Annual report of the Imperial Bacteriologist
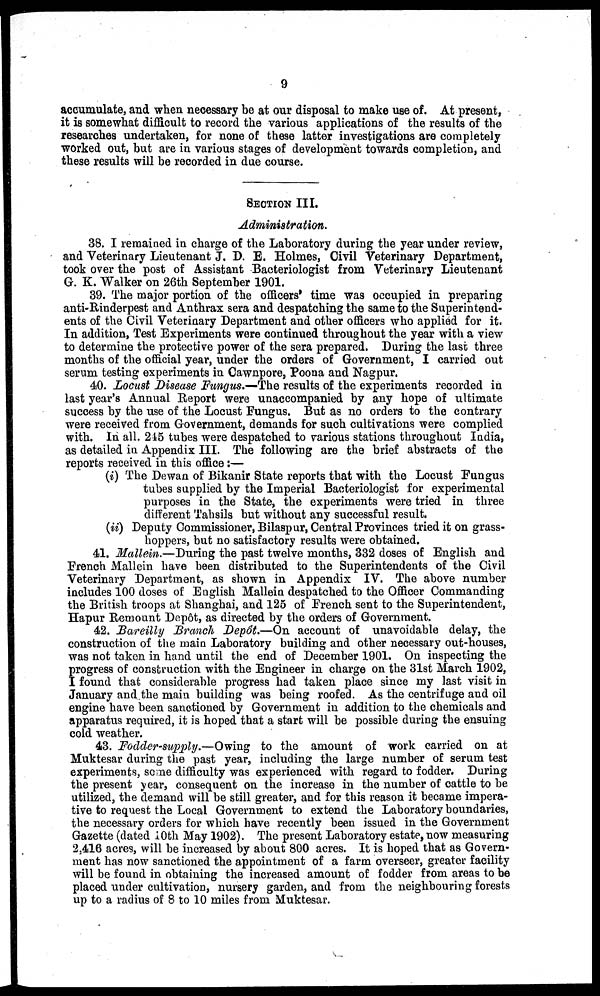
9
accumulate, and when necessary be at our disposal to make use of. At present,
it is somewhat difficult to record the various applications of the results of the
researches undertaken, for none of these latter investigations are completely
worked out, but are in various stages of development towards completion, and
these results will be recorded in due course.
SECTION III.
Administration.
38. I remained in charge of the Laboratory during the year under review,
and Veterinary Lieutenant J. D. E. Holmes, Civil Veterinary Department,
took over the post of Assistant Bacteriologist from Veterinary Lieutenant
G. K. Walker on 26th September 1901.
39. The major portion of the officers' time was occupied in preparing
anti-Rinderpest and Anthrax sera and despatching the same to the Superintend-
ents of the Civil Veterinary Department and other officers who applied for it.
In addition, Test Experiments were continued throughout the year with a view
to determine the protective power of the sera prepared. During the last three
months of the official year, under the orders of Government, I carried out
serum testing experiments in Cawnpore, Poona and Nagpur.
40. Locust Disease Fungus.—The results of the experiments recorded in
last year's Annual Report were unaccompanied by any hope of ultimate
success by the use of the Locust Fungus. But as no orders to the contrary
were received from Government, demands for such cultivations were complied
with. In all. 245 tubes were despatched to various stations throughout India,
as detailed in Appendix III. The following are the brief abstracts of the
reports received in this office:—
(i) The Dewan of Bikanir State reports that with the Locust Fungus
tubes supplied by the Imperial Bacteriologist for experimental
purposes in the State, the experiments were tried in three
different Tahsils but without any successful result.
(ii) Deputy Commissioner, Bilaspur, Central Provinces tried it on grass-
hoppers, but no satisfactory results were obtained.
41. Mallein.—During the past twelve months, 332 doses of English and
French Mallein have been distributed to the Superintendents of the Civil
Veterinary Department, as shown in Appendix IV. The above number
includes 100 doses of English Mallein despatched to the Officer Commanding
the British troops at Shanghai, and 125 of French sent to the Superintendent,
Hapur Remount Depôt, as directed by the orders of Government.
42. Bareilly Branch Depôt.—On account of unavoidable delay, the
construction of the main Laboratory building and other necessary out-houses,
was not taken in hand until the end of December 1901. On inspecting the
progress of construction with the Engineer in charge on the 31st March 1902,
I found that considerable progress had taken place since my last visit in
January and the main building was being roofed. As the centrifuge and oil
engine have been sanctioned by Government in addition to the chemicals and
apparatus required, it is hoped that a start will be possible during the ensuing
cold weather.
43. Fodder-supply.—Owing to the amount of work carried on at
Muktesar during the past year, including the large number of serum test
experiments, some difficulty was experienced with regard to fodder. During
the present year, consequent on the increase in the number of cattle to be
utilized, the demand will be still greater, and for this reason it became impera-
tive to request the Local Government to extend the Laboratory boundaries,
the necessary orders for which have recently been issued in the Government
Gazette (dated 10th May 1902). The present Laboratory estate, now measuring
2,416 acres, will be increased by about 800 acres. It is hoped that as Govern-
ment has now sanctioned the appointment of a farm overseer, greater facility
will be found in obtaining the increased amount of fodder from areas to be
placed under cultivation, nursery garden, and from the neighbouring forests
up to a radius of 8 to 10 miles from Muktesar.